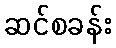
ဆင်စခန်း